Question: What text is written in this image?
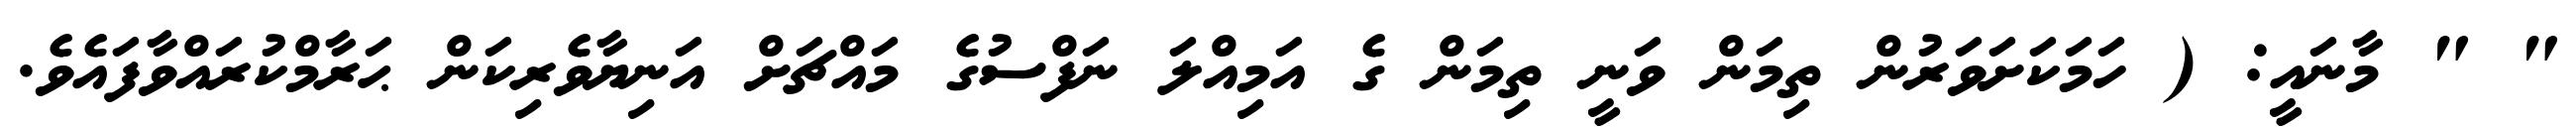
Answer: " " މާނައީ: ( ހަމަކަށަވަރުން ތިމަން ވަނީ ތިމަން ގެ އަމިއްލަ ނަފްސުގެ މައްޗަށް އަނިޔާވެރިކަން ޙަރާމްކުރައްވާފައެވެ.